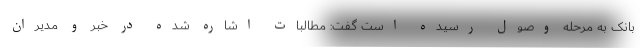
بانک به مرحله وصول رسیده است گفت: مطالبات اشاره شده در خبر و مدیران